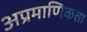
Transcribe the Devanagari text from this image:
अप्रमाणिकता